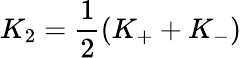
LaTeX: K_{2}=\frac{1}{2}(K_{+}+K_{-})